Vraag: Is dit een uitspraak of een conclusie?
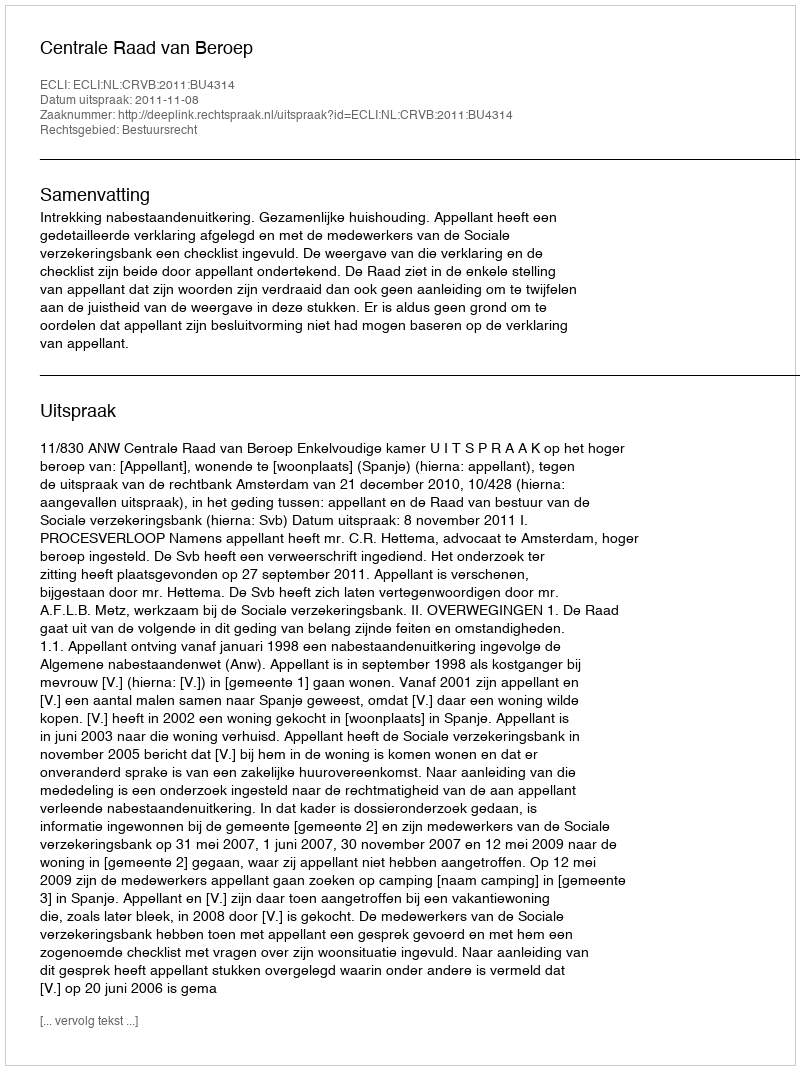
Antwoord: Uitspraak